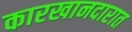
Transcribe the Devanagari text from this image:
कारखानदारात